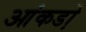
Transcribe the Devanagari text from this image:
आंकडो़